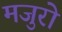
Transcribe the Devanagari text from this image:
मजुरो